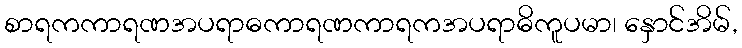
စာရကကာရဏအပရာဓကာရဏကာရကအပရာဓိကူပမာ၊ နှောင်အိမ်,